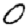
Digit: 0